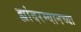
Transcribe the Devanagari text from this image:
ह्यांदरम्यानच्या